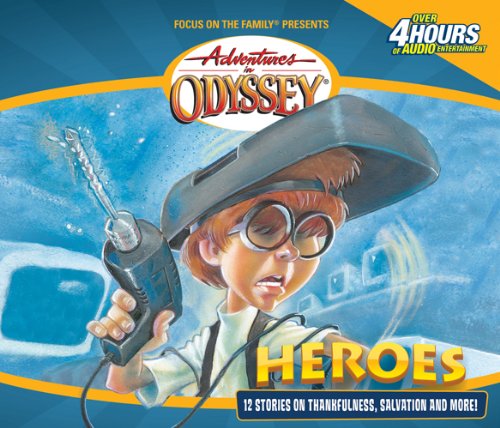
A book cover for Heroes: And Other Secrets, Surprises and Sensational Stories (Adventures in Odyssey, Gold Audio Series No. 3); AIO Team; Humor & Entertainment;